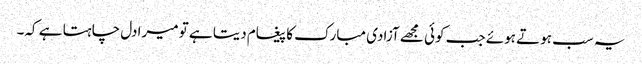
یہ سب ہوتے ہوئے جب کوئی مجھے آزادی مبارک کا پیغام دیتا ہے تو میرا دل چاہتا ہے کہ۔